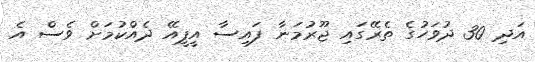
އަދި 30 ދުވަހުގެ ތެރޭގައި ޖޫރުމަނާ ފައިސާ އީޕީއޭ ދެއްކުމަށް ވެސް އެ